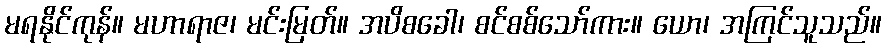
မရနိုင်ကုန်။ မဟာရာဇ၊ မင်းမြတ်။ အပိစခေါ၊ စင်စစ်သော်ကား။ ယော၊ အကြင်သူသည်။